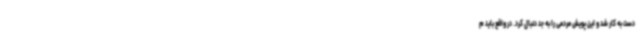
دست به کار شد و این پویش مردمی را به جد دنبال کرد. در واقع باید م